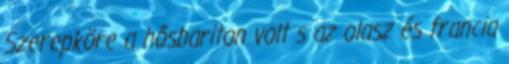
Szerepköre a hősbariton volt s az olasz és francia